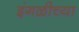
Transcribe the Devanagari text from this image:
इंगळीच्या